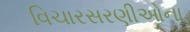
વિચારસરણીઓના